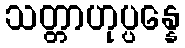
သတ္တာဟုပ္ပန္နေ